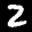
Label: 2